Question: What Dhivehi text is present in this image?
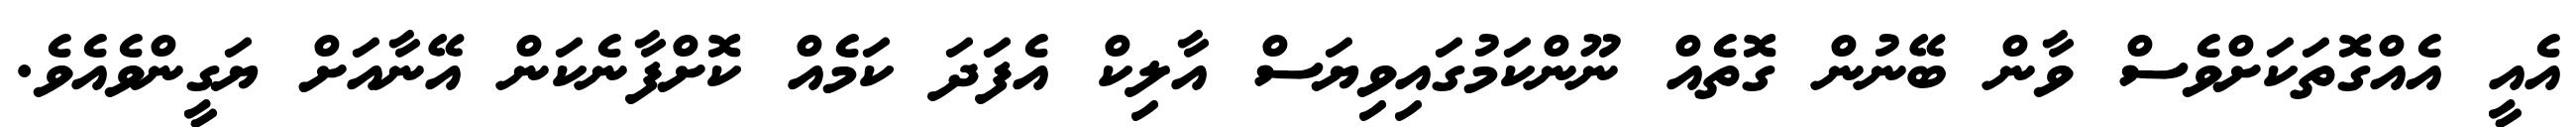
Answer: އެއީ އެއްގޮތަކަށްވެސް ވާން ބޭނުން ގޮތެއް ނޫންކަމުގައިވިޔަސް އާލިކް އެފަދަ ކަމެއް ކޮށްފާނެކަން އޭނާއަށް ޔަގީންވެއެވެ.